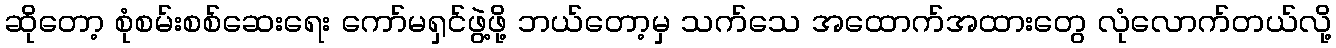
ဆိုတော့ စုံစမ်းစစ်ဆေးရေး ကော်မရှင်ဖွဲ့ဖို့ ဘယ်တော့မှ သက်သေ အထောက်အထားတွေ လုံလောက်တယ်လို့